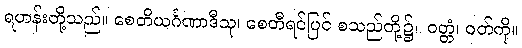
ရဟန်းတို့သည်။ စေတိယင်္ဂဏာဒီသု၊ စေတီရင်ပြင် စသည်တို့၌။ ဝတ္တံ၊ ဝတ်ကို။